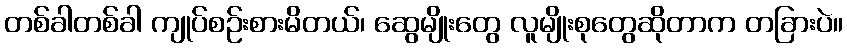
တစ်ခါတစ်ခါ ကျုပ်စဉ်းစားမိတယ်၊ ဆွေမျိုးတွေ လူမျိုးစုတွေဆိုတာက တခြားပဲ။